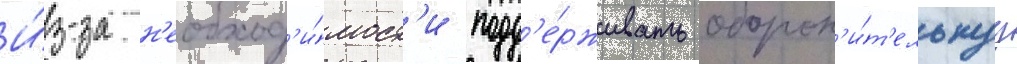
И́з-за н'еобход'и́мост'и подд'е́рживать оборон'и́т'ельнуу